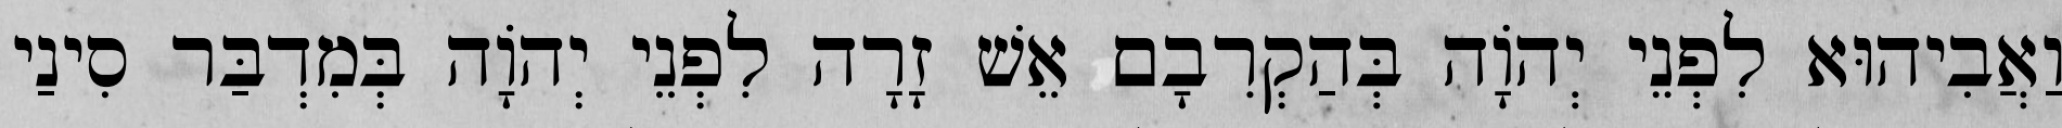
וַאֲבִיהוּא לִפְנֵי יְהֹוָה בְּהַקְרִבָם אֵשׁ זָרָה לִפְנֵי יְהוָֹה בְּמִדְבַּר סִינַי